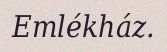
Emlékház.